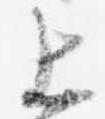
上